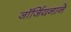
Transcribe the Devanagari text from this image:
जॉर्जियनाने